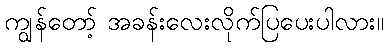
ကျွန်တော့် အခန်းလေးလိုက်ပြပေးပါလား။